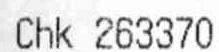
CHK 263370